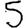
Digit: 5